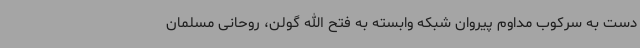
دست به سرکوب مداوم پیروان شبکه وابسته به فتح الله گولن، روحانی مسلمان